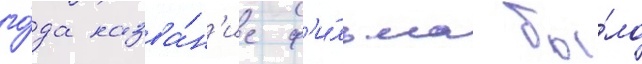
го́да назва́н'ие ф'и́льма бы́ло